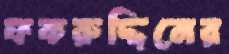
ফকরুদ্দিনের